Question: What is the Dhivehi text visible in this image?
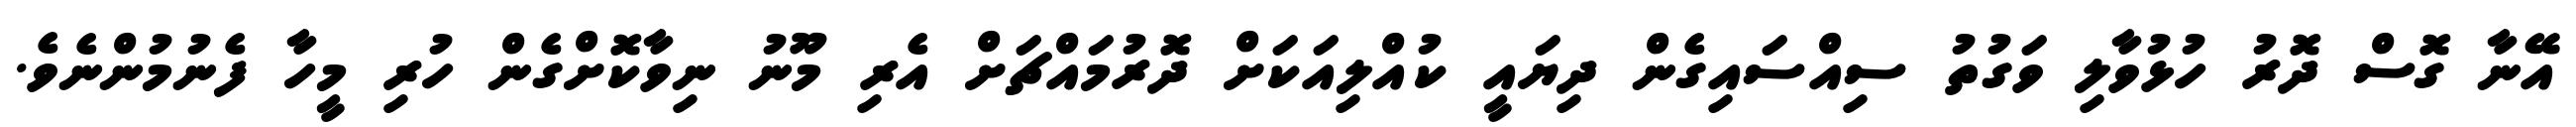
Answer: އޭނާ ގޮސް ދޮރު ހުޅުވާލި ވަގުތު ސިއްސައިގެން ދިޔައީ ކުއްލިއަކަށް ދޮރުމައްޗަށް އެރި މޫނު ނިވާކޮށްގެން ހުރި މީހާ ފެނުމުންނެވެ.